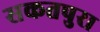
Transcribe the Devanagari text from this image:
सकतपुरा